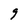
Character: g